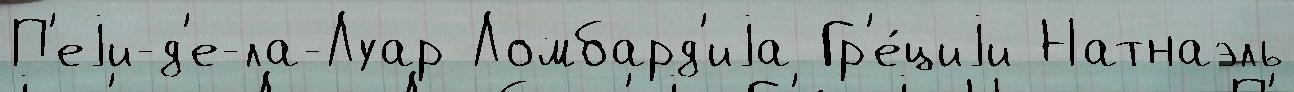
П'еjи-д'е-ла-Луар Ломбард'иjа Гр'е́циjи Натнаэль